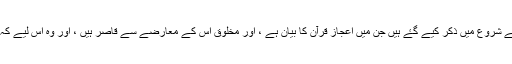
اوربعض علماء کرام نے ان حروف کی حکمت تلاش کرتے ہوۓ کہا ہے کہ : واللہ اعلم ، یہ حروف ان سورتوں کے شروع میں ذکر کیے گۓ ہیں جن میں اعجاز قرآن کا بیان ہے ، اور مخلوق اس کے معارضے سے قاصر ہیں ، اور وہ اس لیے کہ یہ حروف ان ہی حروف سے مرکب ہیں جن حروف کے ساتھ وہ مخاطب ہوتے اور اپنی کلام استعمال کرتے ہیں ۔